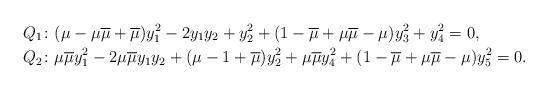
LaTeX: \begin{align*}Q_1\colon&(\mu-\mu\overline{\mu}+\overline{\mu})y_1^2-2y_1y_2+y_2^2+(1-\overline{\mu}+\mu\overline{\mu}-\mu)y_3^2+y_4^2=0,\\Q_2\colon&\mu\overline{\mu}y_1^2-2\mu\overline{\mu}y_1y_2+(\mu-1+\overline{\mu})y_2^2+\mu\overline{\mu}y_4^2+(1-\overline{\mu}+\mu\overline{\mu}-\mu)y_5^2=0.\end{align*}